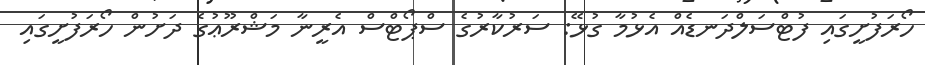
ހޯރަފުށީގައި ފުޓްސަލްދަނޑެއް އެޅުމާ ގުޅޭ: ސަރުކާރުގެ ސްޕޯޓްސް އެރީނާ މަޝްރޫޢުގެ ދަށުން ހޯރަފުށީގައި